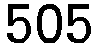
505